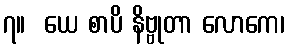
၇။  ယေ စာပိ နိဗ္ဗုတာ လောကေ၊